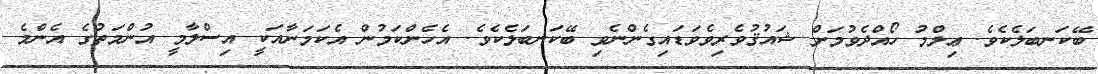
ބޭކަނބަލެކެވެ. ޢިލްމު ހޯއްދެވުމަށް ޝައުޤުވެރިވެވަޑައިގެންނެވި ބޭކަނބަލެކެވެ. އެހެންކަމުން އެކަމަނާއަކީ އިސްލާމީ އުންމަތުގެ އެންމެ